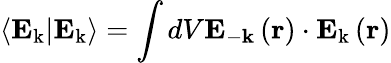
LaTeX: \left\langle\mathbf{E}_{\mathbf{\mathrm{k}}}|\mathbf{E}_{\mathbf{\mathrm{k}}}\right\rangle=\int dV\mathbf{E}_{-\mathrm{\mathbf{k}}}\left(\mathbf{r}\right)\cdot\mathbf{E}_{\mathbf{\mathrm{k}}}\left(\mathbf{r}\right)